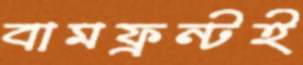
বামফ্রন্টই